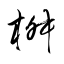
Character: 桝